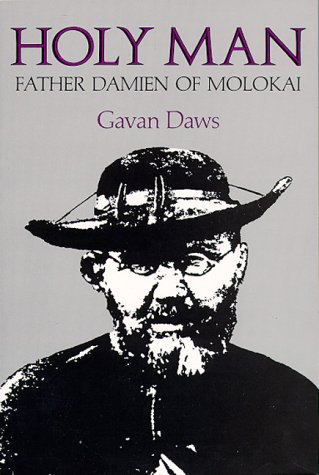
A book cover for Holy Man: Father Damien of Molokai; Gavan Daws; Biographies & Memoirs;